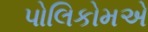
પોલિકોમએ